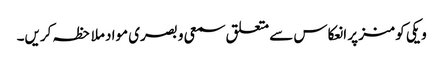
ویکی کومنز پر انعکاس سے متعلق سمعی و بصری مواد ملاحظہ کریں۔